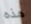
هذه